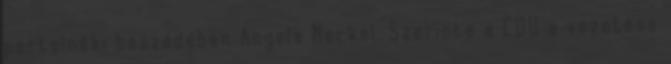
pártelnöki beszédében Angela Merkel. Szerinte a CDU a vezetése